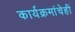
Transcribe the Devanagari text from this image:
कार्यक्रमांचेही